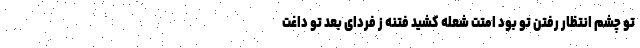
تو چشم انتظار رفتن تو بود امتت شعله کشید فتنه ز فردای بعد تو داغت